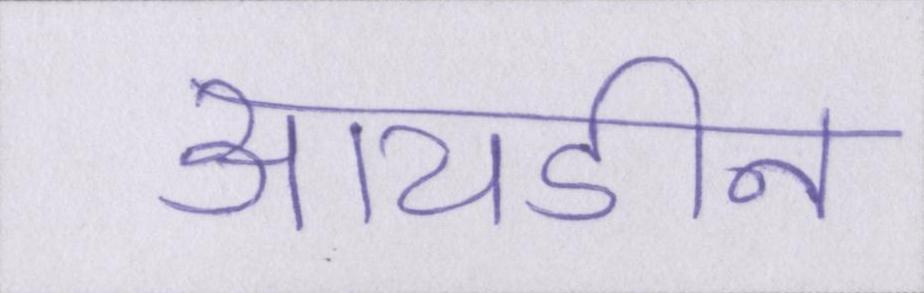
आयडीन